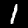
Label: 1